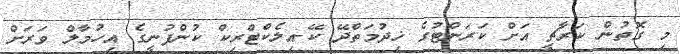
މި ގޮތުން ކަރާޗީ އަށް ކަރަންޓުގެ ޚިދުމަތްދޭ ކޭ-އިލެކްޓްރިކް ކުންފުނީގެ އިހުމާލް ވަރަށް